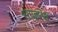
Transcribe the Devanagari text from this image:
स्टाइनेवे